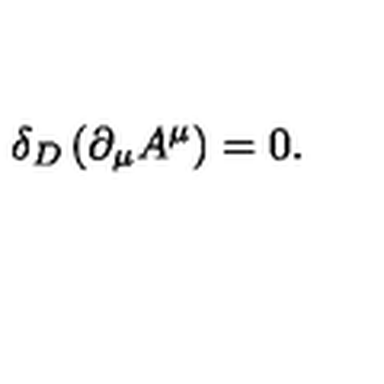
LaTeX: \delta _ { D } \left( { \partial _ { \mu } A ^ { \mu } } \right) = 0 .